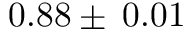
0 . 8 8 \pm \: 0 . 0 1